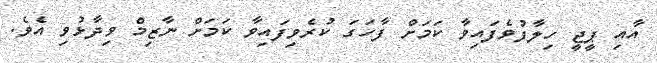
އާއި ޕީޖީ ހިލާފުވެފައިވާ ކަމަށް ފާހަގަ ކުރެވިފައިވާ ކަމަށް ނާޒިމް ވިދާޅުވި އެވެ.